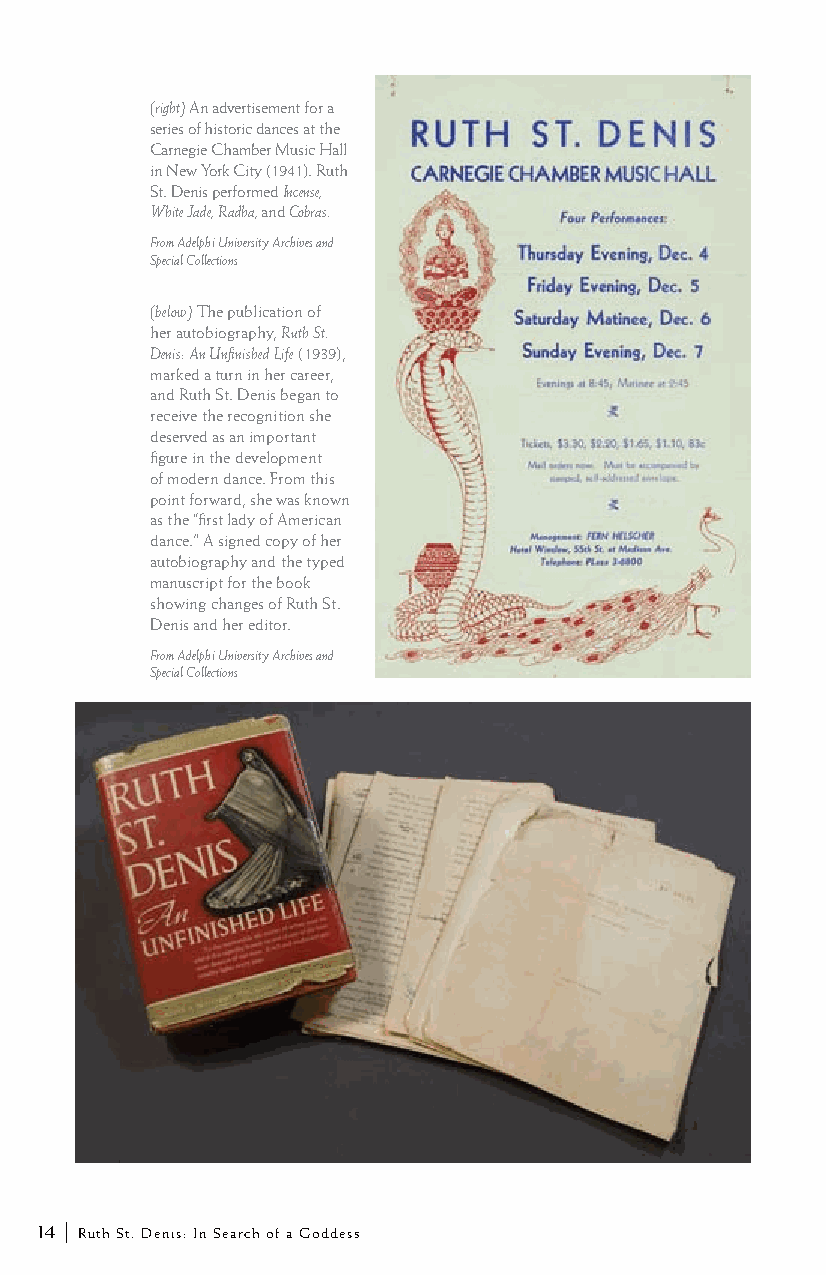
(right) An advertisement for a
 series of historic dances at the
 Carnegie Chamber Music Hall
 in New York City (1941). Ruth
 St. Denis performed Incense,
 White Jade, Radha, and Cobras.
 From Adelphi University Archives and
 Special Collections
 (below) The publication of
 her autobiography, Ruth St.
 Denis: An Unfinished Life (1939),
 marked a turn in her career,
 and Ruth St. Denis began to
 receive the recognition she
 deserved as an important
 figure in the development
 of modern dance. From this
 point forward, she was known
 as the “first lady of American
 dance.” A signed copy of her
 autobiography and the typed
 manuscript for the book
 showing changes of Ruth St.
 Denis and her editor.
 From Adelphi University Archives and
 Special Collections
 14 | Ruth St. Denis: In Search of a Goddess